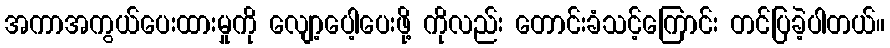
အကာအကွယ်ပေးထားမှုကို လျော့ပေါ့ပေးဖို့ ကိုလည်း တောင်းခံသင့်ကြောင်း တင်ပြခဲ့ပါတယ်။